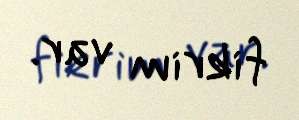
fikrim var.